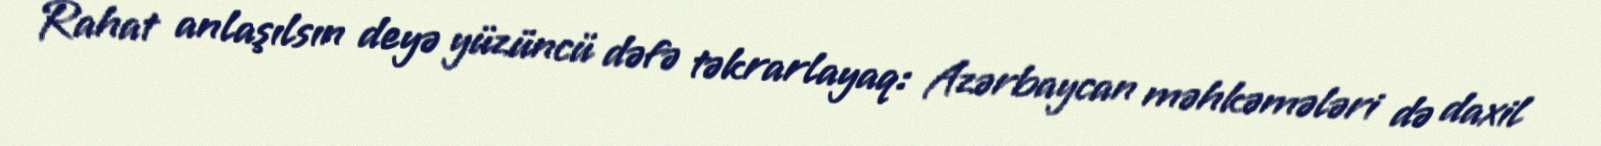
Rahat anlaşılsın deyə yüzüncü dəfə təkrarlayaq: Azərbaycan məhkəmələri də daxil